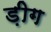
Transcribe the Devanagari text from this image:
ड़ीग